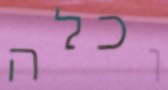
וכלה